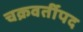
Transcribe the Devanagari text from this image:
चक्रवर्तीपद